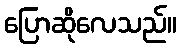
ပြောဆိုလေသည်။